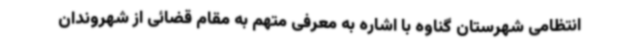
انتظامی شهرستان گناوه با اشاره به معرفی متهم به مقام قضائی از شهروندان